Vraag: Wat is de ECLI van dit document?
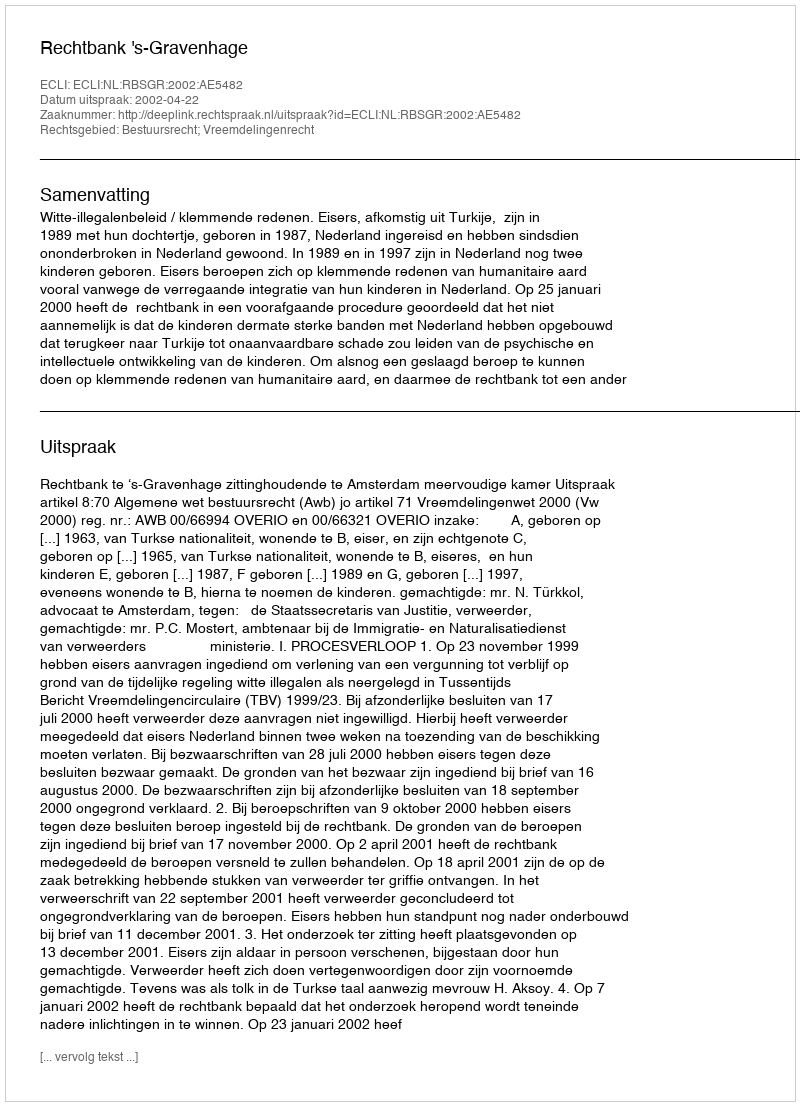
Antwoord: ECLI:NL:RBSGR:2002:AE5482